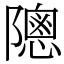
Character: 䧭